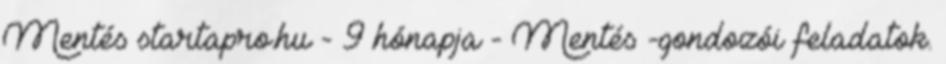
Mentés startapro.hu - 9 hónapja - Mentés -gondozói feladatok.